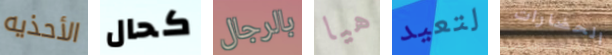
الأحذيه كحال بالرجال هيا لتعيد الحضارات